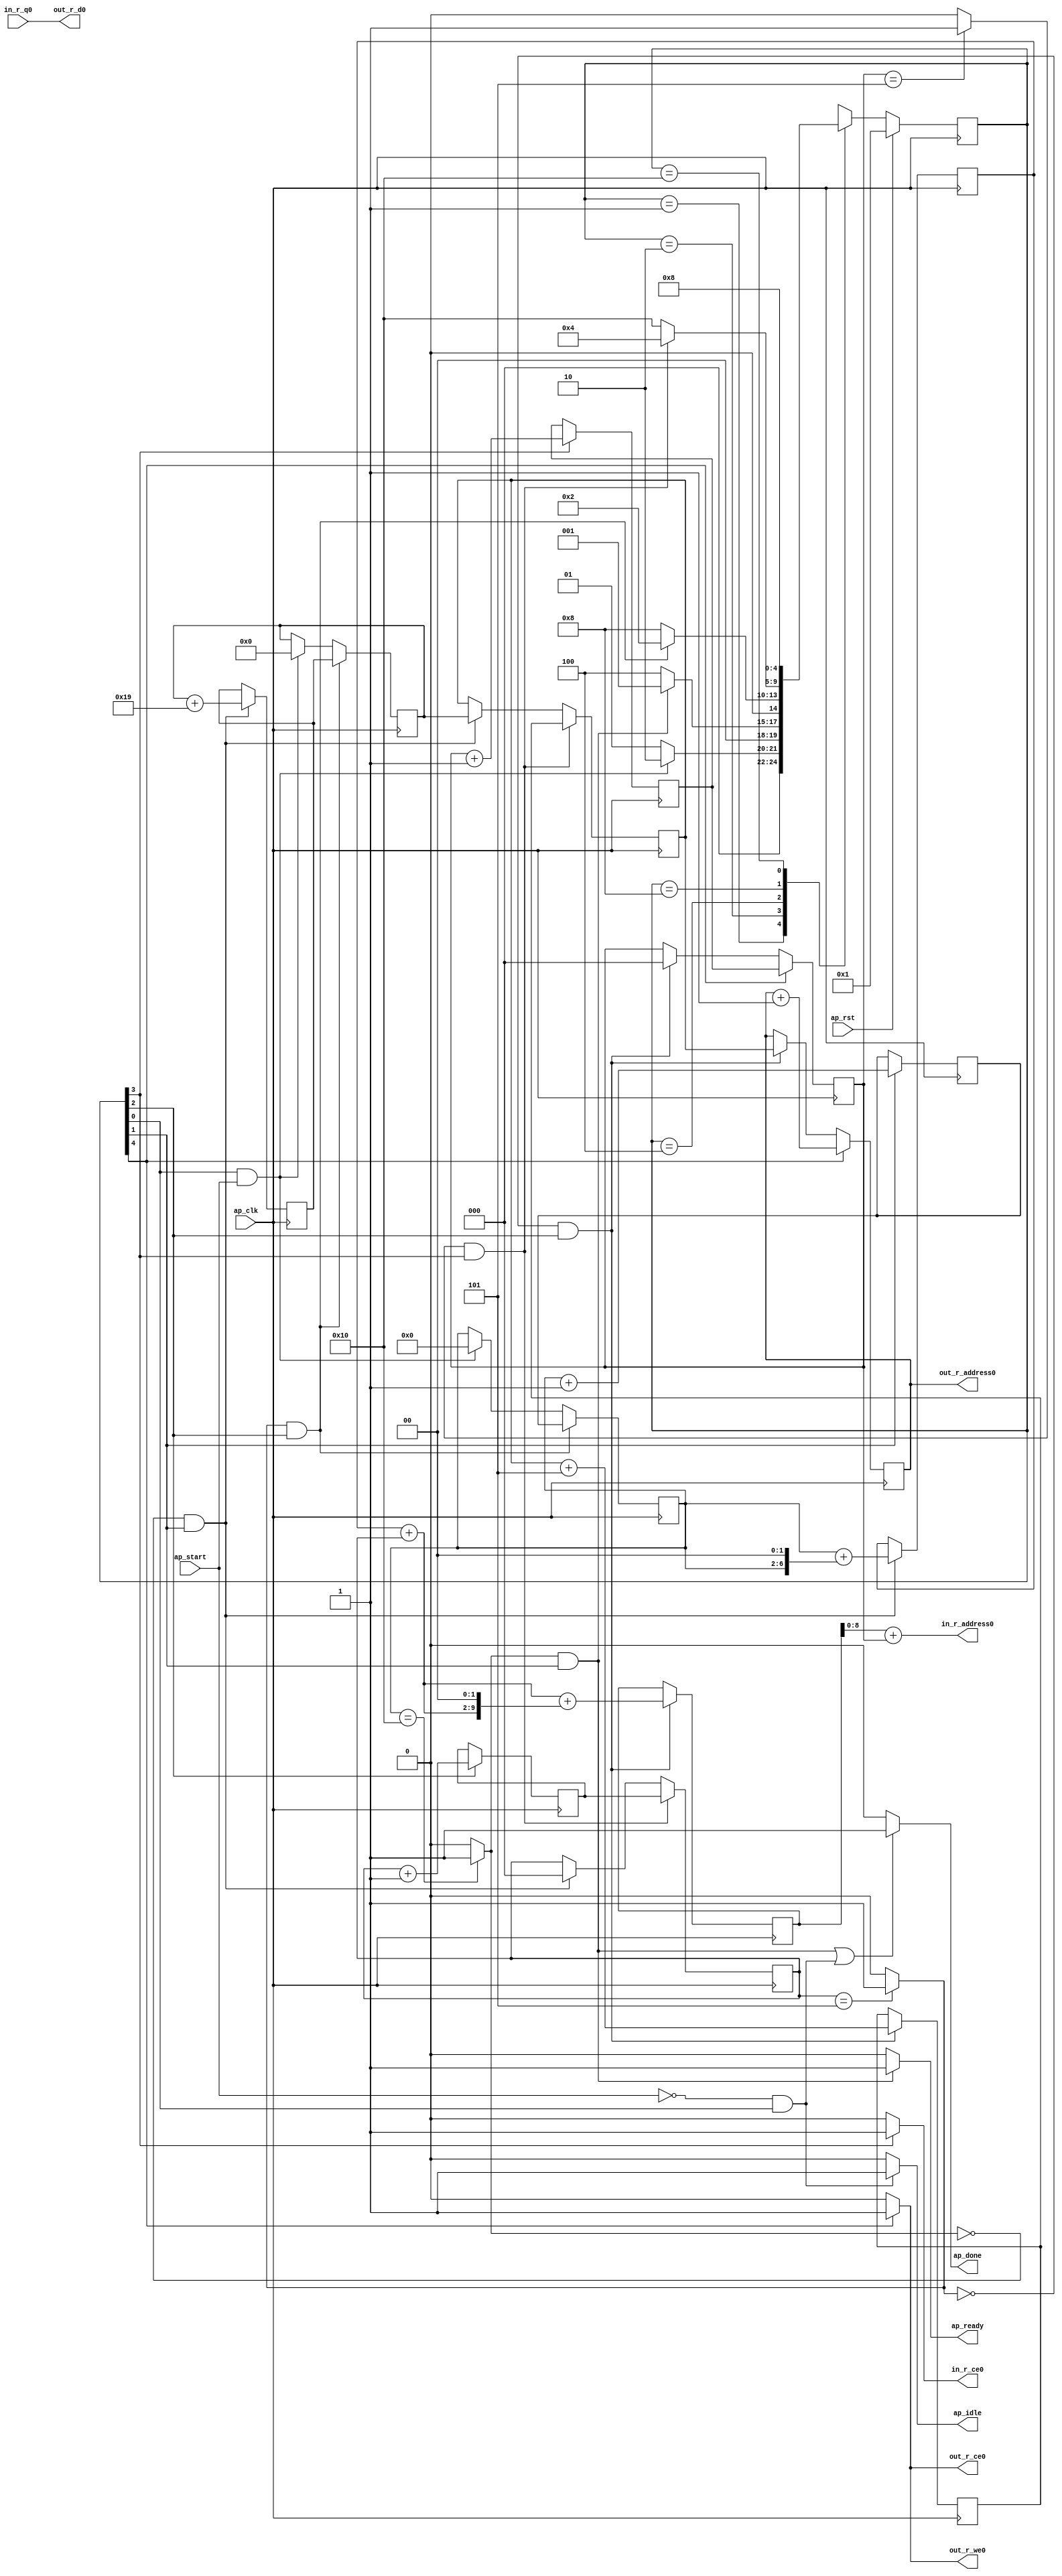
// ==============================================================
// RTL generated by Vivado(TM) HLS - High-Level Synthesis from C, C++ and SystemC
// Version: 2019.1
// Copyright (C) 1986-2019 Xilinx, Inc. All Rights Reserved.
// 
// ===========================================================

`timescale 1 ns / 1 ps 

module flatten (
        ap_clk,
        ap_rst,
        ap_start,
        ap_done,
        ap_idle,
        ap_ready,
        in_r_address0,
        in_r_ce0,
        in_r_q0,
        out_r_address0,
        out_r_ce0,
        out_r_we0,
        out_r_d0
);

parameter    ap_ST_fsm_state1 = 5'd1;
parameter    ap_ST_fsm_state2 = 5'd2;
parameter    ap_ST_fsm_state3 = 5'd4;
parameter    ap_ST_fsm_state4 = 5'd8;
parameter    ap_ST_fsm_state5 = 5'd16;

input   ap_clk;
input   ap_rst;
input   ap_start;
output   ap_done;
output   ap_idle;
output   ap_ready;
output  [8:0] in_r_address0;
output   in_r_ce0;
input  [31:0] in_r_q0;
output  [8:0] out_r_address0;
output   out_r_ce0;
output   out_r_we0;
output  [31:0] out_r_d0;

reg ap_done;
reg ap_idle;
reg ap_ready;
reg in_r_ce0;
reg out_r_ce0;
reg out_r_we0;

(* fsm_encoding = "none" *) reg   [4:0] ap_CS_fsm;
wire    ap_CS_fsm_state1;
wire   [4:0] k_fu_138_p2;
reg   [4:0] k_reg_257;
wire    ap_CS_fsm_state2;
wire   [8:0] index_fu_144_p2;
reg   [8:0] index_reg_262;
wire   [0:0] icmp_ln90_fu_132_p2;
wire   [7:0] add_ln93_fu_166_p2;
reg   [7:0] add_ln93_reg_267;
wire   [2:0] i_fu_178_p2;
reg   [2:0] i_reg_275;
wire    ap_CS_fsm_state3;
wire   [8:0] add_ln94_fu_184_p2;
reg   [8:0] add_ln94_reg_280;
wire   [0:0] icmp_ln91_fu_172_p2;
wire   [9:0] add_ln93_2_fu_211_p2;
reg   [9:0] add_ln93_2_reg_285;
wire   [2:0] j_fu_223_p2;
reg   [2:0] j_reg_293;
wire    ap_CS_fsm_state4;
wire   [0:0] icmp_ln92_fu_217_p2;
wire   [8:0] add_ln94_1_fu_248_p2;
wire    ap_CS_fsm_state5;
reg   [4:0] k_0_reg_65;
reg   [8:0] index_0_reg_76;
reg   [2:0] i_0_reg_88;
reg   [8:0] index_1_reg_99;
reg   [2:0] j_0_reg_110;
reg   [8:0] index_2_reg_121;
wire   [63:0] zext_ln93_6_fu_238_p1;
wire   [63:0] zext_ln93_3_fu_243_p1;
wire   [6:0] tmp_fu_154_p3;
wire   [7:0] zext_ln93_fu_150_p1;
wire   [7:0] zext_ln93_1_fu_162_p1;
wire   [7:0] zext_ln93_2_fu_190_p1;
wire   [7:0] add_ln93_1_fu_194_p2;
wire   [9:0] zext_ln93_4_fu_199_p1;
wire   [9:0] p_shl1_cast_fu_203_p3;
wire   [9:0] zext_ln93_5_fu_229_p1;
wire   [9:0] add_ln93_3_fu_233_p2;
reg   [4:0] ap_NS_fsm;

// power-on initialization
initial begin
#0 ap_CS_fsm = 5'd1;
end

always @ (posedge ap_clk) begin
    if (ap_rst == 1'b1) begin
        ap_CS_fsm <= ap_ST_fsm_state1;
    end else begin
        ap_CS_fsm <= ap_NS_fsm;
    end
end

always @ (posedge ap_clk) begin
    if (((icmp_ln92_fu_217_p2 == 1'd1) & (1'b1 == ap_CS_fsm_state4))) begin
        i_0_reg_88 <= i_reg_275;
    end else if (((icmp_ln90_fu_132_p2 == 1'd0) & (1'b1 == ap_CS_fsm_state2))) begin
        i_0_reg_88 <= 3'd0;
    end
end

always @ (posedge ap_clk) begin
    if (((icmp_ln91_fu_172_p2 == 1'd1) & (1'b1 == ap_CS_fsm_state3))) begin
        index_0_reg_76 <= index_reg_262;
    end else if (((1'b1 == ap_CS_fsm_state1) & (ap_start == 1'b1))) begin
        index_0_reg_76 <= 9'd0;
    end
end

always @ (posedge ap_clk) begin
    if (((icmp_ln92_fu_217_p2 == 1'd1) & (1'b1 == ap_CS_fsm_state4))) begin
        index_1_reg_99 <= add_ln94_reg_280;
    end else if (((icmp_ln90_fu_132_p2 == 1'd0) & (1'b1 == ap_CS_fsm_state2))) begin
        index_1_reg_99 <= index_0_reg_76;
    end
end

always @ (posedge ap_clk) begin
    if ((1'b1 == ap_CS_fsm_state5)) begin
        index_2_reg_121 <= add_ln94_1_fu_248_p2;
    end else if (((icmp_ln91_fu_172_p2 == 1'd0) & (1'b1 == ap_CS_fsm_state3))) begin
        index_2_reg_121 <= index_1_reg_99;
    end
end

always @ (posedge ap_clk) begin
    if ((1'b1 == ap_CS_fsm_state5)) begin
        j_0_reg_110 <= j_reg_293;
    end else if (((icmp_ln91_fu_172_p2 == 1'd0) & (1'b1 == ap_CS_fsm_state3))) begin
        j_0_reg_110 <= 3'd0;
    end
end

always @ (posedge ap_clk) begin
    if (((icmp_ln91_fu_172_p2 == 1'd1) & (1'b1 == ap_CS_fsm_state3))) begin
        k_0_reg_65 <= k_reg_257;
    end else if (((1'b1 == ap_CS_fsm_state1) & (ap_start == 1'b1))) begin
        k_0_reg_65 <= 5'd0;
    end
end

always @ (posedge ap_clk) begin
    if (((icmp_ln91_fu_172_p2 == 1'd0) & (1'b1 == ap_CS_fsm_state3))) begin
        add_ln93_2_reg_285 <= add_ln93_2_fu_211_p2;
        add_ln94_reg_280 <= add_ln94_fu_184_p2;
    end
end

always @ (posedge ap_clk) begin
    if (((icmp_ln90_fu_132_p2 == 1'd0) & (1'b1 == ap_CS_fsm_state2))) begin
        add_ln93_reg_267 <= add_ln93_fu_166_p2;
        index_reg_262 <= index_fu_144_p2;
    end
end

always @ (posedge ap_clk) begin
    if ((1'b1 == ap_CS_fsm_state3)) begin
        i_reg_275 <= i_fu_178_p2;
    end
end

always @ (posedge ap_clk) begin
    if ((1'b1 == ap_CS_fsm_state4)) begin
        j_reg_293 <= j_fu_223_p2;
    end
end

always @ (posedge ap_clk) begin
    if ((1'b1 == ap_CS_fsm_state2)) begin
        k_reg_257 <= k_fu_138_p2;
    end
end

always @ (*) begin
    if ((((icmp_ln90_fu_132_p2 == 1'd1) & (1'b1 == ap_CS_fsm_state2)) | ((ap_start == 1'b0) & (1'b1 == ap_CS_fsm_state1)))) begin
        ap_done = 1'b1;
    end else begin
        ap_done = 1'b0;
    end
end

always @ (*) begin
    if (((ap_start == 1'b0) & (1'b1 == ap_CS_fsm_state1))) begin
        ap_idle = 1'b1;
    end else begin
        ap_idle = 1'b0;
    end
end

always @ (*) begin
    if (((icmp_ln90_fu_132_p2 == 1'd1) & (1'b1 == ap_CS_fsm_state2))) begin
        ap_ready = 1'b1;
    end else begin
        ap_ready = 1'b0;
    end
end

always @ (*) begin
    if ((1'b1 == ap_CS_fsm_state4)) begin
        in_r_ce0 = 1'b1;
    end else begin
        in_r_ce0 = 1'b0;
    end
end

always @ (*) begin
    if ((1'b1 == ap_CS_fsm_state5)) begin
        out_r_ce0 = 1'b1;
    end else begin
        out_r_ce0 = 1'b0;
    end
end

always @ (*) begin
    if ((1'b1 == ap_CS_fsm_state5)) begin
        out_r_we0 = 1'b1;
    end else begin
        out_r_we0 = 1'b0;
    end
end

always @ (*) begin
    case (ap_CS_fsm)
        ap_ST_fsm_state1 : begin
            if (((1'b1 == ap_CS_fsm_state1) & (ap_start == 1'b1))) begin
                ap_NS_fsm = ap_ST_fsm_state2;
            end else begin
                ap_NS_fsm = ap_ST_fsm_state1;
            end
        end
        ap_ST_fsm_state2 : begin
            if (((icmp_ln90_fu_132_p2 == 1'd1) & (1'b1 == ap_CS_fsm_state2))) begin
                ap_NS_fsm = ap_ST_fsm_state1;
            end else begin
                ap_NS_fsm = ap_ST_fsm_state3;
            end
        end
        ap_ST_fsm_state3 : begin
            if (((icmp_ln91_fu_172_p2 == 1'd1) & (1'b1 == ap_CS_fsm_state3))) begin
                ap_NS_fsm = ap_ST_fsm_state2;
            end else begin
                ap_NS_fsm = ap_ST_fsm_state4;
            end
        end
        ap_ST_fsm_state4 : begin
            if (((icmp_ln92_fu_217_p2 == 1'd1) & (1'b1 == ap_CS_fsm_state4))) begin
                ap_NS_fsm = ap_ST_fsm_state3;
            end else begin
                ap_NS_fsm = ap_ST_fsm_state5;
            end
        end
        ap_ST_fsm_state5 : begin
            ap_NS_fsm = ap_ST_fsm_state4;
        end
        default : begin
            ap_NS_fsm = 'bx;
        end
    endcase
end

assign add_ln93_1_fu_194_p2 = (add_ln93_reg_267 + zext_ln93_2_fu_190_p1);

assign add_ln93_2_fu_211_p2 = (zext_ln93_4_fu_199_p1 + p_shl1_cast_fu_203_p3);

assign add_ln93_3_fu_233_p2 = (add_ln93_2_reg_285 + zext_ln93_5_fu_229_p1);

assign add_ln93_fu_166_p2 = (zext_ln93_fu_150_p1 + zext_ln93_1_fu_162_p1);

assign add_ln94_1_fu_248_p2 = (index_2_reg_121 + 9'd1);

assign add_ln94_fu_184_p2 = (index_1_reg_99 + 9'd5);

assign ap_CS_fsm_state1 = ap_CS_fsm[32'd0];

assign ap_CS_fsm_state2 = ap_CS_fsm[32'd1];

assign ap_CS_fsm_state3 = ap_CS_fsm[32'd2];

assign ap_CS_fsm_state4 = ap_CS_fsm[32'd3];

assign ap_CS_fsm_state5 = ap_CS_fsm[32'd4];

assign i_fu_178_p2 = (i_0_reg_88 + 3'd1);

assign icmp_ln90_fu_132_p2 = ((k_0_reg_65 == 5'd16) ? 1'b1 : 1'b0);

assign icmp_ln91_fu_172_p2 = ((i_0_reg_88 == 3'd5) ? 1'b1 : 1'b0);

assign icmp_ln92_fu_217_p2 = ((j_0_reg_110 == 3'd5) ? 1'b1 : 1'b0);

assign in_r_address0 = zext_ln93_6_fu_238_p1;

assign index_fu_144_p2 = (index_0_reg_76 + 9'd25);

assign j_fu_223_p2 = (j_0_reg_110 + 3'd1);

assign k_fu_138_p2 = (k_0_reg_65 + 5'd1);

assign out_r_address0 = zext_ln93_3_fu_243_p1;

assign out_r_d0 = in_r_q0;

assign p_shl1_cast_fu_203_p3 = {{add_ln93_1_fu_194_p2}, {2'd0}};

assign tmp_fu_154_p3 = {{k_0_reg_65}, {2'd0}};

assign zext_ln93_1_fu_162_p1 = tmp_fu_154_p3;

assign zext_ln93_2_fu_190_p1 = i_0_reg_88;

assign zext_ln93_3_fu_243_p1 = index_2_reg_121;

assign zext_ln93_4_fu_199_p1 = add_ln93_1_fu_194_p2;

assign zext_ln93_5_fu_229_p1 = j_0_reg_110;

assign zext_ln93_6_fu_238_p1 = add_ln93_3_fu_233_p2;

assign zext_ln93_fu_150_p1 = k_0_reg_65;

endmodule //flatten